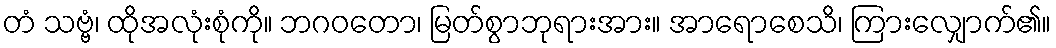
တံ သဗ္ဗံ၊ ထိုအလုံးစုံကို။ ဘဂဝတော၊ မြတ်စွာဘုရားအား။ အာရောစေသိ၊ ကြားလျှောက်၏။